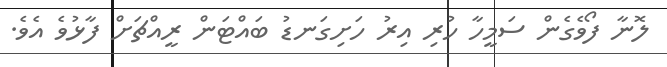
ލޮނާ ފޯވެގެން ސަމީހާ ހުރި އިރު ހަށިގަނޑު ބައްޓަން ރީއްޗަށް ފާޅުވެ އެވެ.